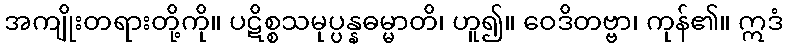
အကျိုးတရားတို့ကို။ ပဋိစ္စသမုပ္ပန္နဓမ္မာတိ၊ ဟူ၍။ ဝေဒိတဗ္ဗာ၊ ကုန်၏။ ဣဒံ